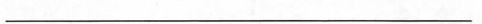
___